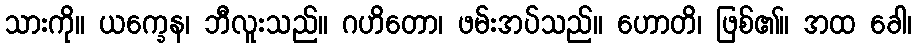
သားကို။ ယက္ခေန၊ ဘီလူးသည်။ ဂဟိတော၊ ဖမ်းအပ်သည်။ ဟောတိ၊ ဖြစ်၏။ အထ ခေါ၊